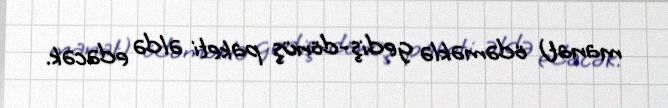
manat) ödəməklə gediş-dönüş paketi əldə edəcək.